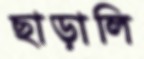
ছাড়ালি